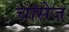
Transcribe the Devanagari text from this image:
चांसेज